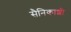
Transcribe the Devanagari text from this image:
सैनिकाशी